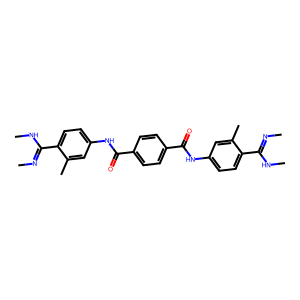
SMILES: CN=C(NC)c1ccc(NC(=O)c2ccc(C(=O)Nc3ccc(C(=NC)NC)c(C)c3)cc2)cc1C
Inhibits HIV replication: No